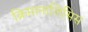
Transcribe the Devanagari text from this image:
क्रिप्तानालिसिस